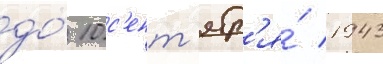
до́ 10 с'ент'ябр'я́ 1943